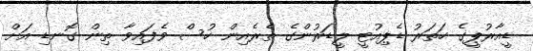
ޑީއާރުޕީގެ ހަތަރު ޑެޕިއުޓީ ލީޑަރުންގެ ތެރެއިން ހުސް ވެފައިވާ ތިން ގޮނޑި އަށް